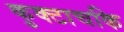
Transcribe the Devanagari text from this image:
कुक्टाचकि